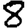
Digit: 8